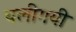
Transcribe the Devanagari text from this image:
चलीगयी